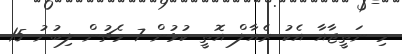
މި ނަތީޖާއާ އެކު ރެއާލް އޮތީ ކުޅުން 7 މެޗުން ލިބުނު 15